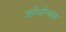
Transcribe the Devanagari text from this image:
क्रोधोन्मत्त